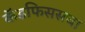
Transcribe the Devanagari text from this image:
कॅडफिससचा